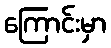
ကြောင်းမှာ